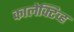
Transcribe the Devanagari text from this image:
कालेक्टिव्ह